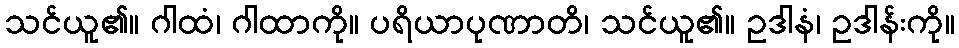
သင်ယူ၏။ ဂါထံ၊ ဂါထာကို။ ပရိယာပုဏာတိ၊ သင်ယူ၏။ ဥဒါနံ၊ ဥဒါန်းကို။